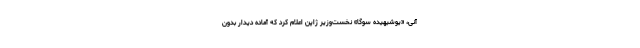
آنی، «یوشیهیده سوگا» نخست‌وزیر ژاپن اعلام کرد که آماده دیدار بدون